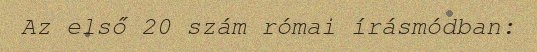
Az első 20 szám római írásmódban: